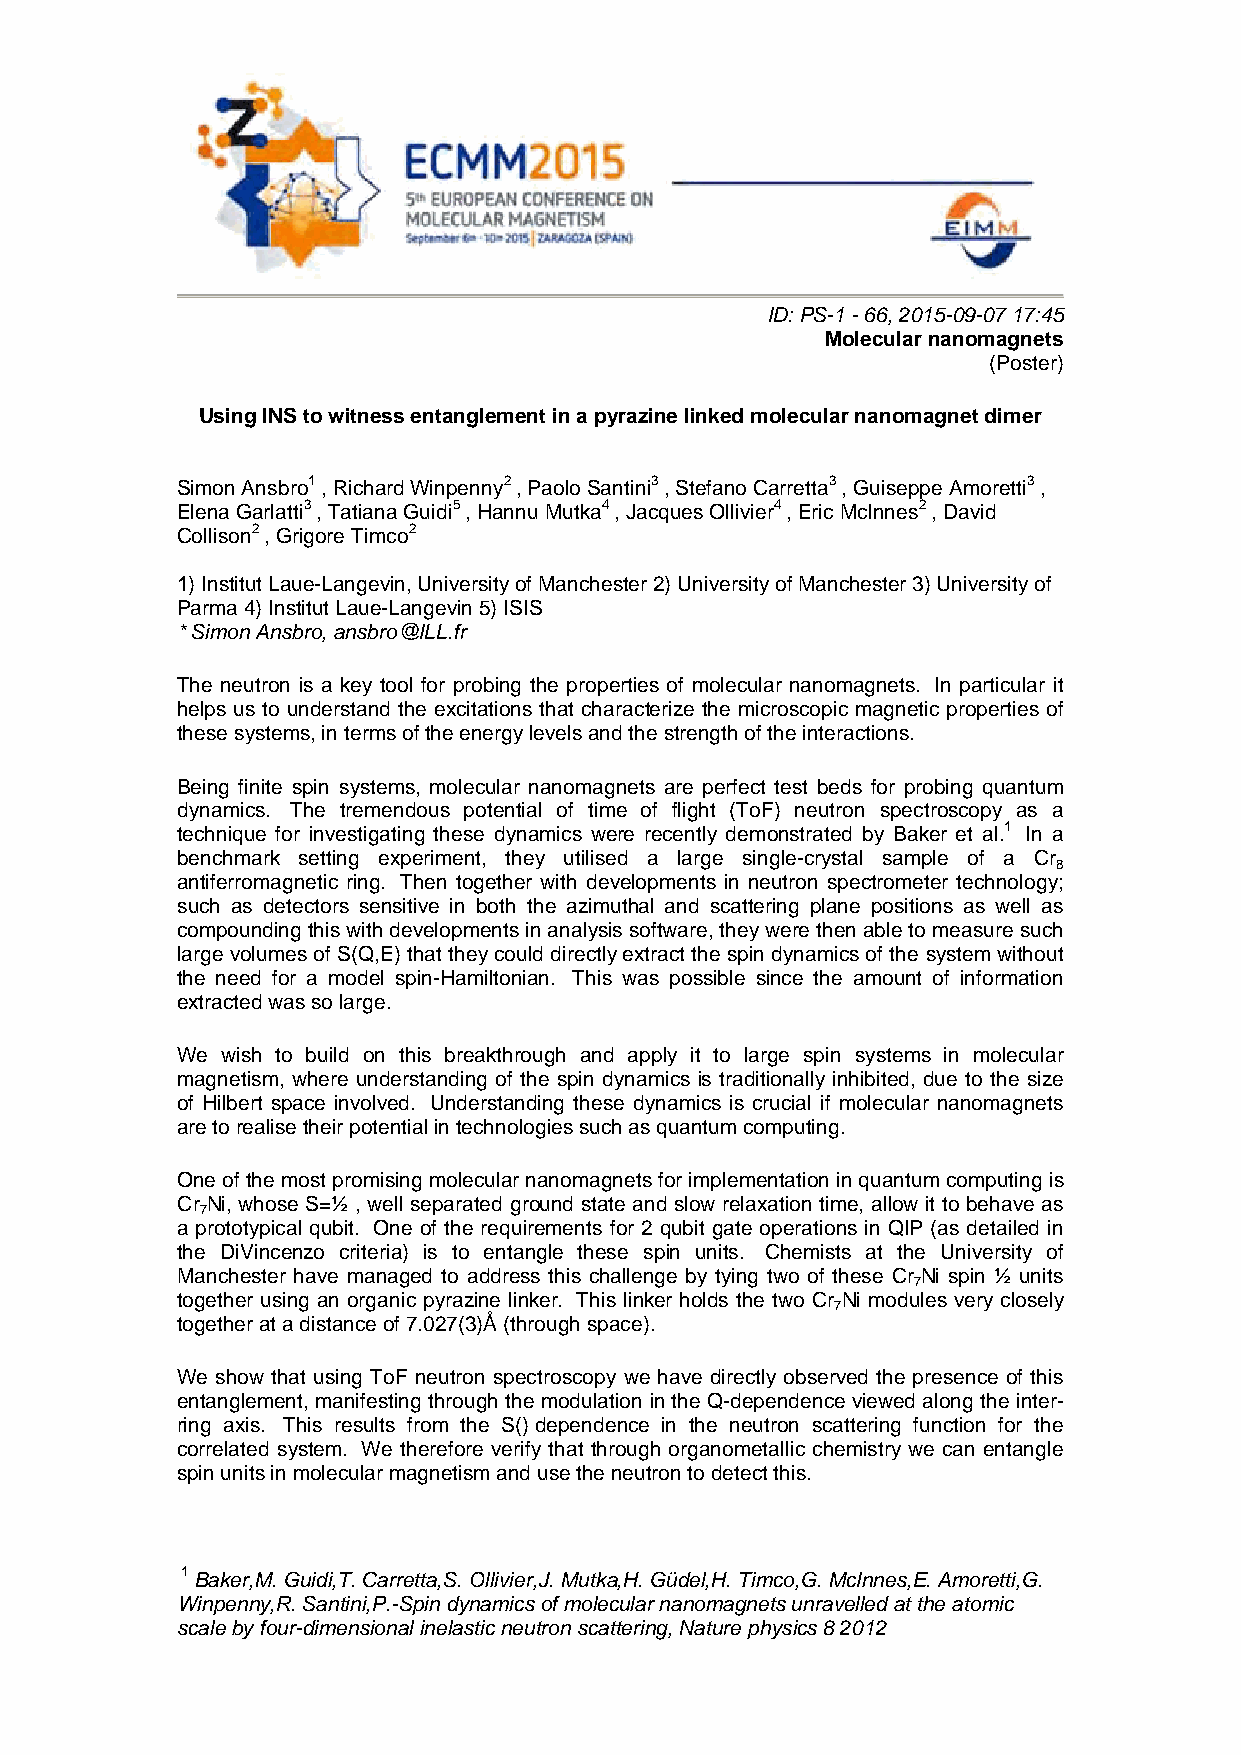
ID: PS-1 - 66, 2015-09-07 17:45
 Molecular nanomagnets
 (Poster)
 Using INS to witness entanglement in a pyrazine linked molecular nanomagnet dimer
 Simon Ansbro1 , Richard Winpenny2 , Paolo Santini3 , Stefano Carretta3 , Guiseppe Amoretti3 ,
 Elena Garlatti3 , Tatiana Guidi5 , Hannu Mutka4 , Jacques Ollivier4 , Eric McInnes2 , David
 Collison2 , Grigore Timco2
 1) Institut Laue-Langevin, University of Manchester 2) University of Manchester 3) University of
 Parma 4) Institut Laue-Langevin 5) ISIS
 * Simon Ansbro, ansbro@ILL.fr
 The neutron is a key tool for probing the properties of molecular nanomagnets. In particular it
 helps us to understand the excitations that characterize the microscopic magnetic properties of
 these systems, in terms of the energy levels and the strength of the interactions.
 Being finite spin systems, molecular nanomagnets are perfect test beds for probing quantum
 dynamics. The tremendous potential of time of flight (ToF) neutron spectroscopy as a
 technique for investigating these dynamics were recently demonstrated by Baker et al.1 In a
 benchmark setting experiment, they utilised a large single-crystal sample of a Cr
 8
 antiferromagnetic ring. Then together with developments in neutron spectrometer technology;
 such as detectors sensitive in both the azimuthal and scattering plane positions as well as
 compounding this with developments in analysis software, they were then able to measure such
 large volumes of S(Q,E) that they could directly extract the spin dynamics of the system without
 the need for a model spin-Hamiltonian. This was possible since the amount of information
 extracted was so large.
 We wish to build on this breakthrough and apply it to large spin systems in molecular
 magnetism, where understanding of the spin dynamics is traditionally inhibited, due to the size
 of Hilbert space involved. Understanding these dynamics is crucial if molecular nanomagnets
 are to realise their potential in technologies such as quantum computing.
 One of the most promising molecular nanomagnets for implementation in quantum computing is
 Cr Ni, whose S=½ , well separated ground state and slow relaxation time, allow it to behave as
 7
 a prototypical qubit. One of the requirements for 2 qubit gate operations in QIP (as detailed in
 the DiVincenzo criteria) is to entangle these spin units. Chemists at the University of
 Manchester have managed to address this challenge by tying two of these Cr Ni spin ½ units
 7
 together using an organic pyrazine linker. This linker holds the two Cr Ni modules very closely
 7
 together at a distance of 7.027(3)Å (through space).
 We show that using ToF neutron spectroscopy we have directly observed the presence of this
 entanglement, manifesting through the modulation in the Q-dependence viewed along the inter-
 ring axis. This results from the S() dependence in the neutron scattering function for the
 correlated system. We therefore verify that through organometallic chemistry we can entangle
 spin units in molecular magnetism and use the neutron to detect this.
 1 Baker,M. Guidi,T. Carretta,S. Ollivier,J. Mutka,H. Güdel,H. Timco,G. McInnes,E. Amoretti,G.
 Winpenny,R. Santini,P.-Spin dynamics of molecular nanomagnets unravelled at the atomic
 scale by four-dimensional inelastic neutron scattering, Nature physics 8 2012